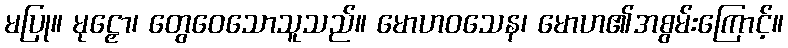
မပြု။ မုဠှော၊ တွေဝေသောသူသည်။ မောဟဝသေန၊ မောဟ၏အစွမ်းကြောင့်။